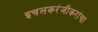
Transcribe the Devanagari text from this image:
इचलकरंजीकरांचा